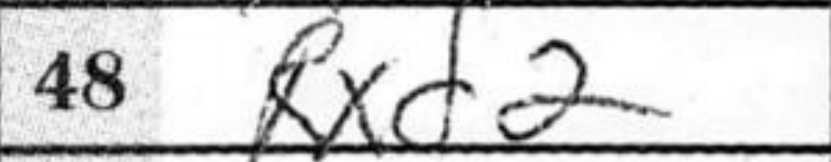
Transcription: Rxd2